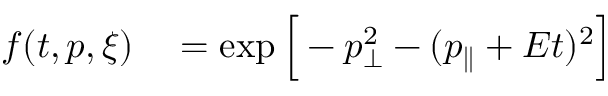
\begin{array} { r l } { f ( t , p , \xi ) } & { { } = \exp \Big [ - p _ { \perp } ^ { 2 } - ( p _ { \parallel } + E t ) ^ { 2 } \Big ] } \end{array}